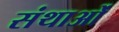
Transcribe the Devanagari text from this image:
संथाओं